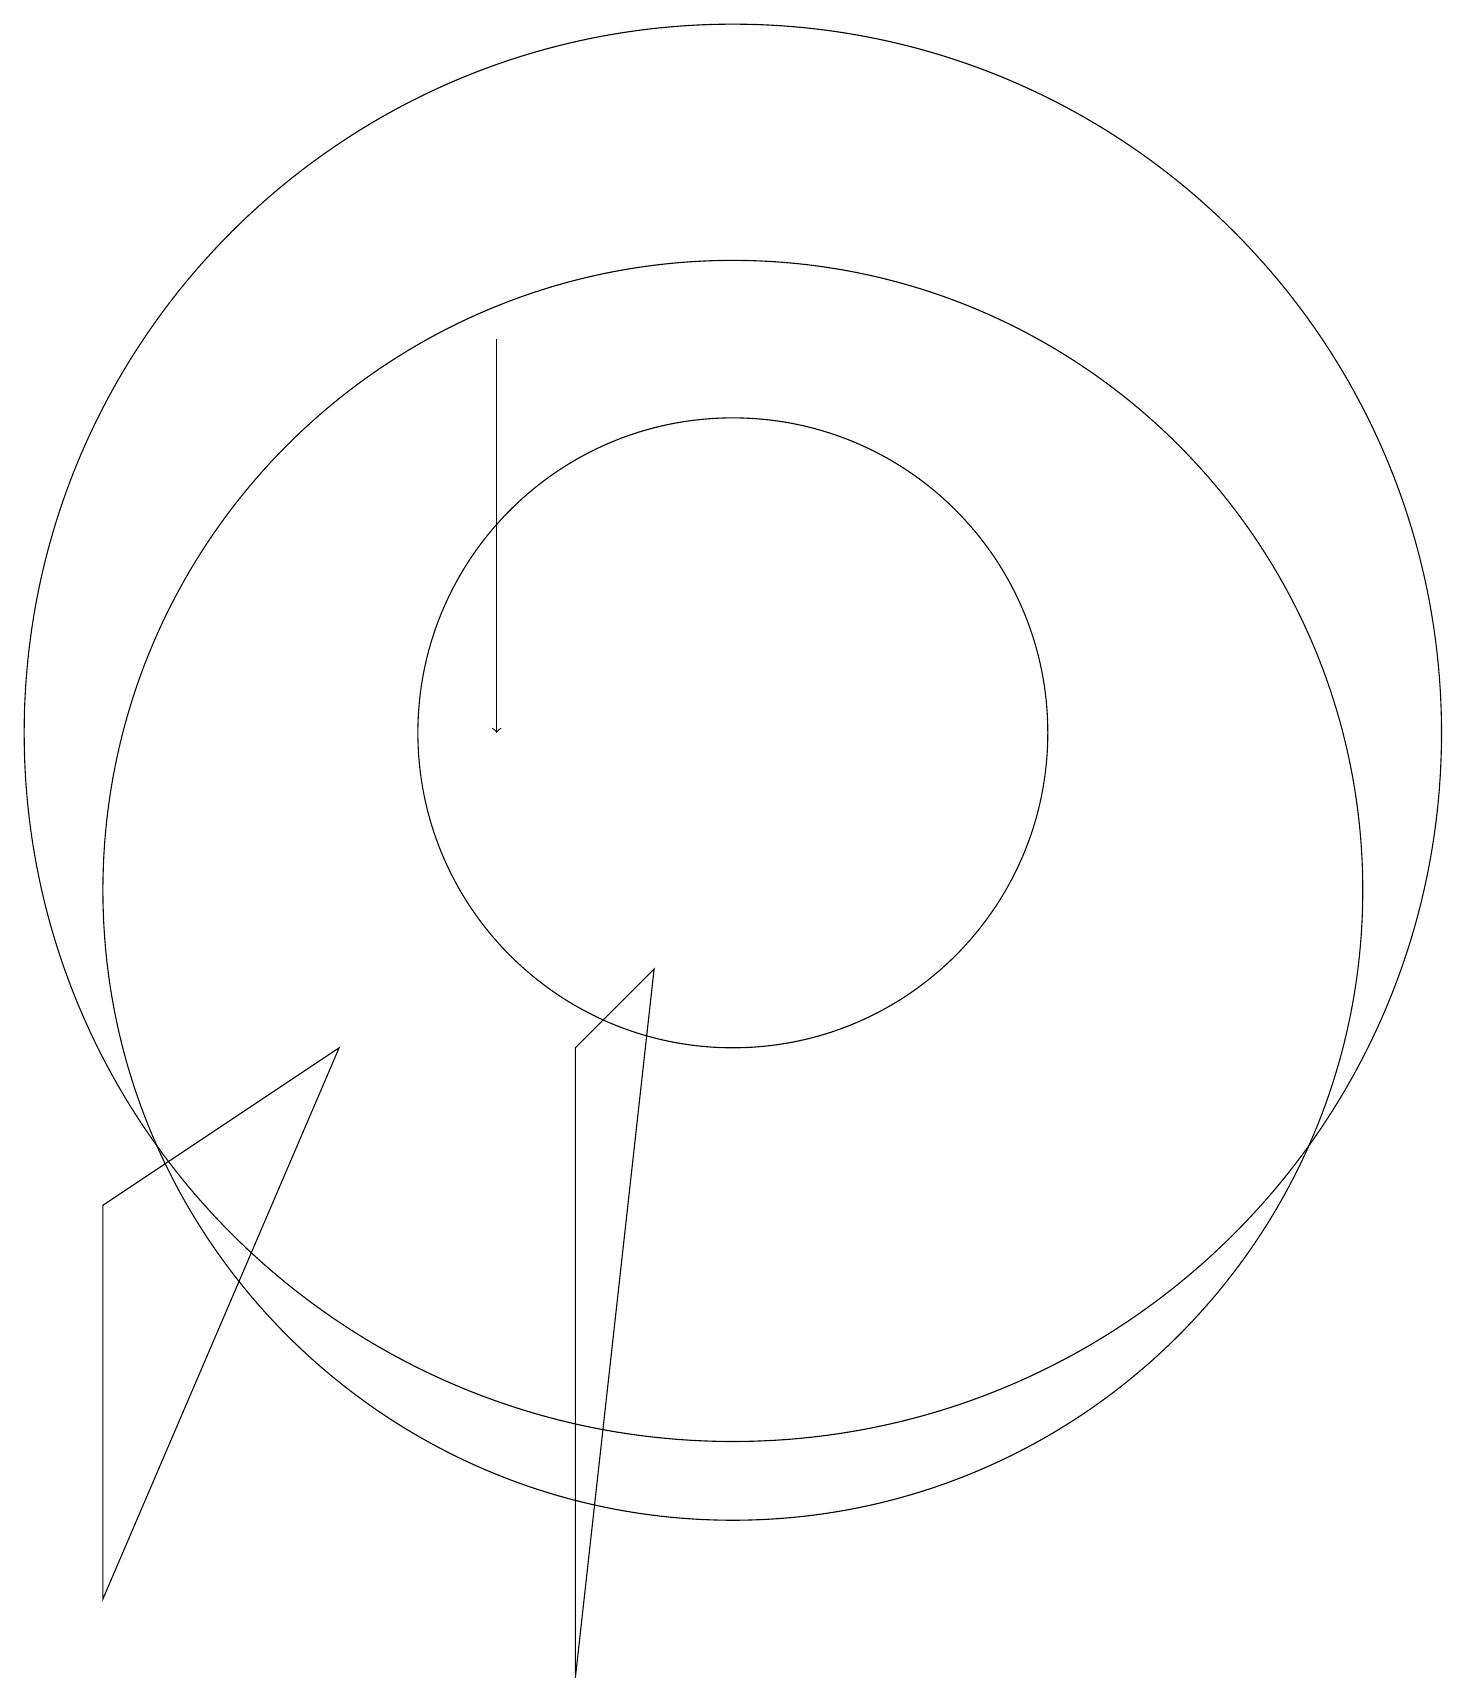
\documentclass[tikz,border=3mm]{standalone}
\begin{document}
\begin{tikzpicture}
\draw (2,1) -- (2,6) -- (5,8) -- cycle;
\draw (10,12) circle (9);
\draw (10,10) circle (8);
\draw[->] (7,17) -- (7,12);
\draw (10,12) circle (4);
\draw (9,9) -- (8,0) -- (8,8) -- cycle;
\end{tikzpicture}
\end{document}